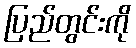
ပြည်တွင်းကို